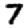
Digit: 7